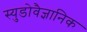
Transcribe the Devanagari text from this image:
स्युडोवैज्ञानिक